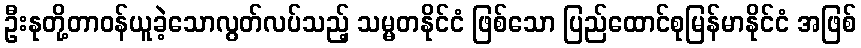
ဦးနုတို့တာဝန်ယူခဲ့သောလွတ်လပ်သည့် သမ္မတနိုင်ငံ ဖြစ်သော ပြည်ထောင်စုမြန်မာနိုင်ငံ အဖြစ်